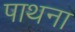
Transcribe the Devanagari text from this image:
पाथना